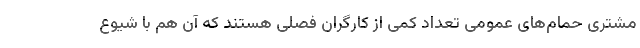
مشتری حمام‌های عمومی تعداد کمی از کارگران فصلی هستند که آن هم با شیوع